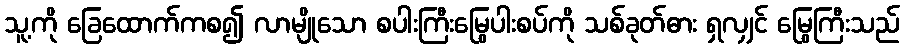
သူ့ကို ခြေထောက်ကစ၍ လာမျိုသော စပါးကြီးမြွေပါးစပ်ကို သစ်ခုတ်ဓား ရှလျှင် မြွေကြီးသည်